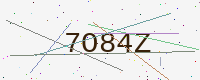
Text: 7O84Z